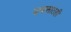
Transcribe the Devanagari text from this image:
पावसातही